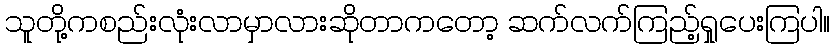
သူတို့ကစည်းလုံးလာမှာလားဆိုတာကတော့ ဆက်လက်ကြည့်ရှုပေးကြပါ။